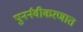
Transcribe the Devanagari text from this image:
पुनर्नवीकरणात